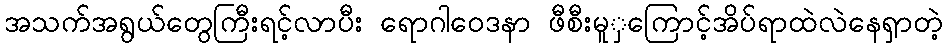
အသက်အရွယ်တွေကြီးရင့်လာပီး ရောဂါဝေဒနာ ဖီစီးမူှကြောင့်အိပ်ရာထဲလဲနေရှာတဲ့